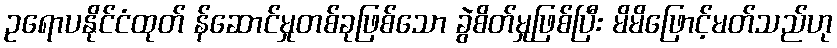
ဥရောပနိုင်ငံထုတ် န်ဆောင်မှုတစ်ခုဖြစ်သော ခွဲစိတ်မှုဖြစ်ပြီး မိမိဖြောင့်မတ်သည်ဟု